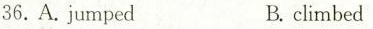
36.A.jumpedB. climbed